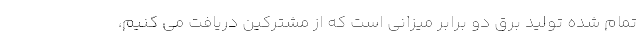
تمام شده تولید برق دو برابر میزانی است که از مشترکین دریافت می کنیم،